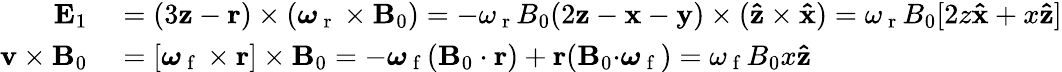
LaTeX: \begin{array}{rl}{\mathbf{E}_{1}}&{{}=(3\mathbf{z}-\mathbf{r})\times(\boldsymbol{\omega}_{\mathrm{~r~}}\times\mathbf{B}_{0})=-\omega_{\mathrm{~r~}}B_{0}(2\mathbf{z}-\mathbf{x}-\mathbf{y})\times(\mathbf{\hat{z}}\times\mathbf{\hat{x}})=\omega_{\mathrm{~r~}}B_{0}[2z\mathbf{\hat{x}}+x\mathbf{\hat{z}}]}\\ {\mathbf{v}\times\mathbf{B}_{0}}&{{}=[\boldsymbol{\omega}_{\mathrm{~f~}}\times\mathbf{r}]\times\mathbf{B}_{0}=-\boldsymbol{\omega}_{\mathrm{~f~}}(\mathbf{B}_{0}\cdot\mathbf{r})+\mathbf{r}(\mathbf{B}_{0}\mathbf{\cdot}\boldsymbol{\omega}_{\mathrm{~f~}})=\omega_{\mathrm{~f~}}B_{0}x\mathbf{\hat{z}}}\end{array}